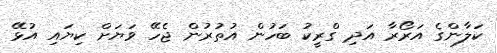
ކަލާންގެ އަރޯރާ އަދި ގްރީކު ބަހުން އުތުރުން ޖެހޭ ވަޔަށް ކިޔައި އުޅޭ